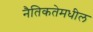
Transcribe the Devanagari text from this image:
नैतिकतेमधील